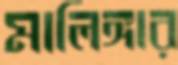
মালিঙ্গার